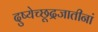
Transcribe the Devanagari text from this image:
दुष्येच्छूद्रजातीनां